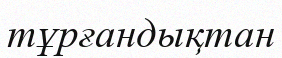
тұрғандықтан